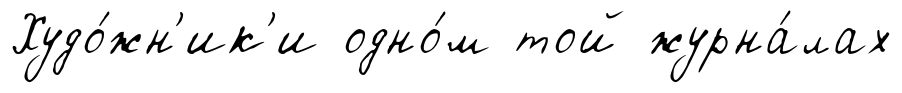
Худо́жн'ик'и одно́м той журна́лах